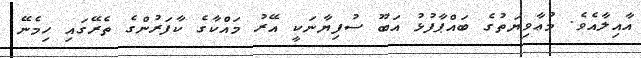
އާއިލާއެވެ. މުޢާވިޔަތުގެ ބައްޕާފުޅު އަބޫ ސުފިޔާނަކީ އޭރު މައްކާގެ ކާފަރުންގެ ތެރޭގައި ހިމެނޭ